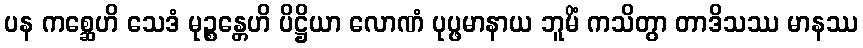
ပန ကစ္ဆေဟိ သေဒံ မုဉ္စန္တေဟိ ပိဋ္ဌိယာ လောဏံ ပုပ္ဖမာနာယ ဘူမိံ ကသိတွာ တာဒိသဿ မာနဿ